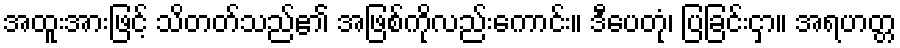
အထူးအားဖြင့် သိတတ်သည်၏ အဖြစ်ကိုလည်းကောင်း။ ဒီပေတုံ၊ ပြခြင်းငှာ။ အရဟတ္တ